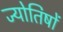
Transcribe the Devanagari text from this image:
ज्याेतिषाें